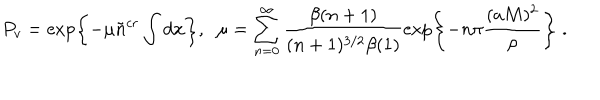
LaTeX: P _ { v } = \exp \left\{ - \mu \tilde { n } ^ { c r } \int d { \bf x } \right\} , \; \; \mu = \sum _ { n = 0 } ^ { \infty } \frac { \beta ( n + 1 ) } { ( n + 1 ) ^ { 3 / 2 } \beta ( 1 ) } \exp \left\{ - n \pi \frac { ( a M ) ^ { 2 } } \rho \right\} \; .